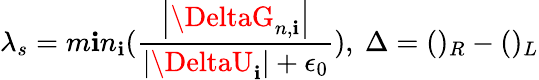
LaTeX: \lambda_{s}=m\mathbf{i}n_{\mathbf{i}}(\frac{{\left|\DeltaG_{n,\mathbf{i}}\right|}}{{\left|\DeltaU_{\mathbf{i}}\right|+\epsilon_{0}}}),\mathrm{{~}}\Delta=()_{R}-()_{L}